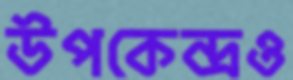
উপকেন্দ্রও